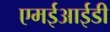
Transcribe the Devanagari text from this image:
एमईआईडी